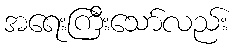
အရေးကြီးသော်လည်း